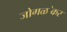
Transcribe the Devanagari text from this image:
जोगळ॓कर